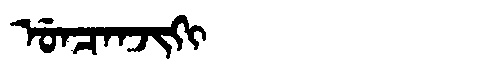
Manchu: ᡠᠨᠴᠠᠨᠵᡳᡴᡳ
Romanization: UNCANJIKI